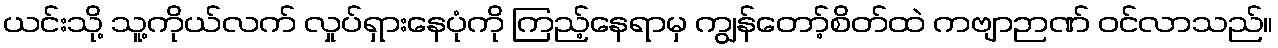
ယင်းသို့ သူ့ကိုယ်လက် လှုပ်ရှားနေပုံကို ကြည့်နေရာမှ ကျွန်တော့်စိတ်ထဲ ကဗျာဉာဏ် ဝင်လာသည်။